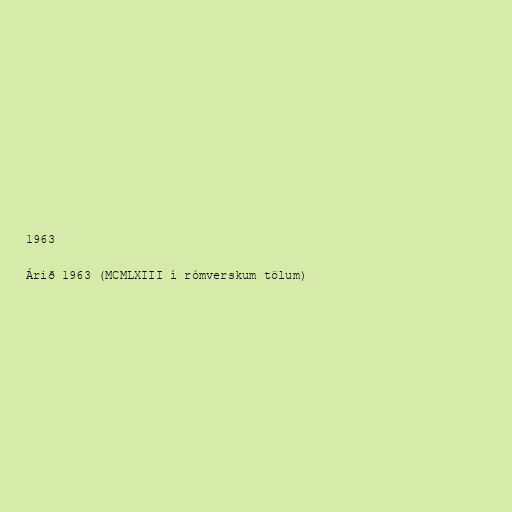
1963

Árið 1963 (MCMLXIII í rómverskum tölum)